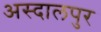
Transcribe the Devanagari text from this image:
अस्दालपुर